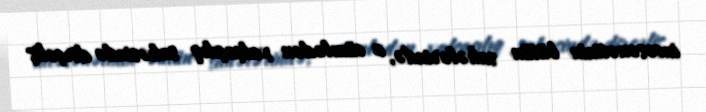
incəsənətinin bütün sahələrində, o cümlədən xalçaçılıq sahəsində dirçəliş